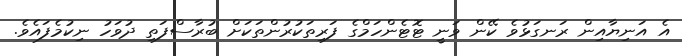
އެ އަނިޔާއިން ރަނގަޅުވެ ކޭން ވަނީ ޓޮޓެންހަމްގެ ފަރިތަކުރުންތަކަށް ބުރާސްފަތި ދުވަހު ނިކުމެފައެވެ.